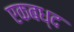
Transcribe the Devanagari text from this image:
एकबध्द